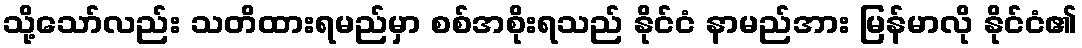
သို့သော်လည်း သတိထားရမည်မှာ စစ်အစိုးရသည် နိုင်ငံ နာမည်အား မြန်မာလို နိုင်ငံ၏